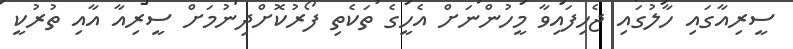
ސީރިއާގައި ހާލުގައި ޖެހިފައިވާ މީހުންނަށް އެހީގެ ތަކެތި ފޯރުކޮށްދިނުމަށް ސީރިއާ އާއި ތުރުކީ